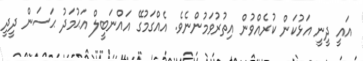
އައީ ދީނީ އަޅުކަން ކުރެއްވުން އިތުރުވަމުންނެވެ. އެއްގަމުގޭ އައްނަބީލް އަޙުމަދު ޙަސަން ދީދީ